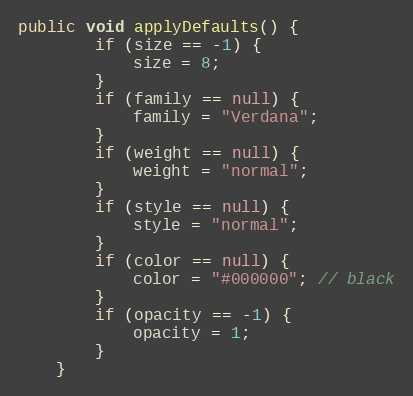
Language: Java
public void applyDefaults() {
		if (size == -1) {
			size = 8;
		}
		if (family == null) {
			family = "Verdana";
		}
		if (weight == null) {
			weight = "normal";
		}
		if (style == null) {
			style = "normal";
		}
		if (color == null) {
			color = "#000000"; // black
		}
		if (opacity == -1) {
			opacity = 1;
		}
	}